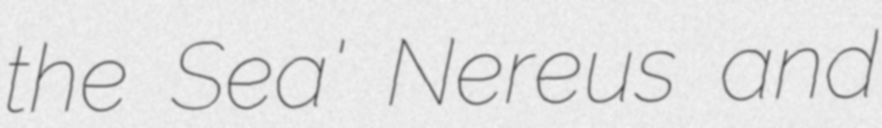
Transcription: the Sea' Nereus and